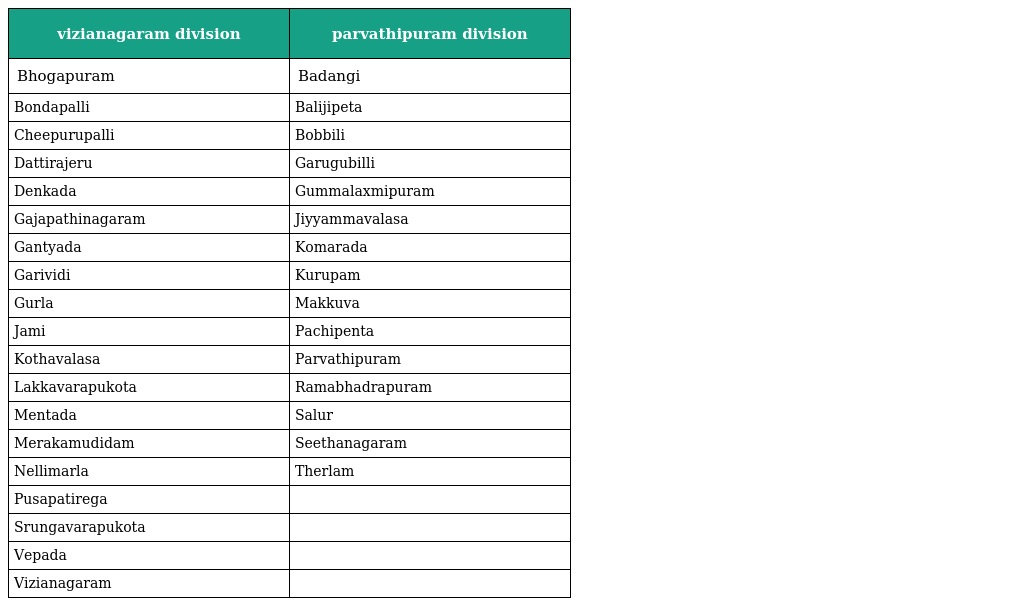
| vizianagaram division | parvathipuram division |
 | --- | --- |
 | Bhogapuram | Badangi |
 | Bondapalli | Balijipeta |
 | Cheepurupalli | Bobbili |
 | Dattirajeru | Garugubilli |
 | Denkada | Gummalaxmipuram |
 | Gajapathinagaram | Jiyyammavalasa |
 | Gantyada | Komarada |
 | Garividi | Kurupam |
 | Gurla | Makkuva |
 | Jami | Pachipenta |
 | Kothavalasa | Parvathipuram |
 | Lakkavarapukota | Ramabhadrapuram |
 | Mentada | Salur |
 | Merakamudidam | Seethanagaram |
 | Nellimarla | Therlam |
 | Pusapatirega |  |
 | Srungavarapukota |  |
 | Vepada |  |
 | Vizianagaram |  |